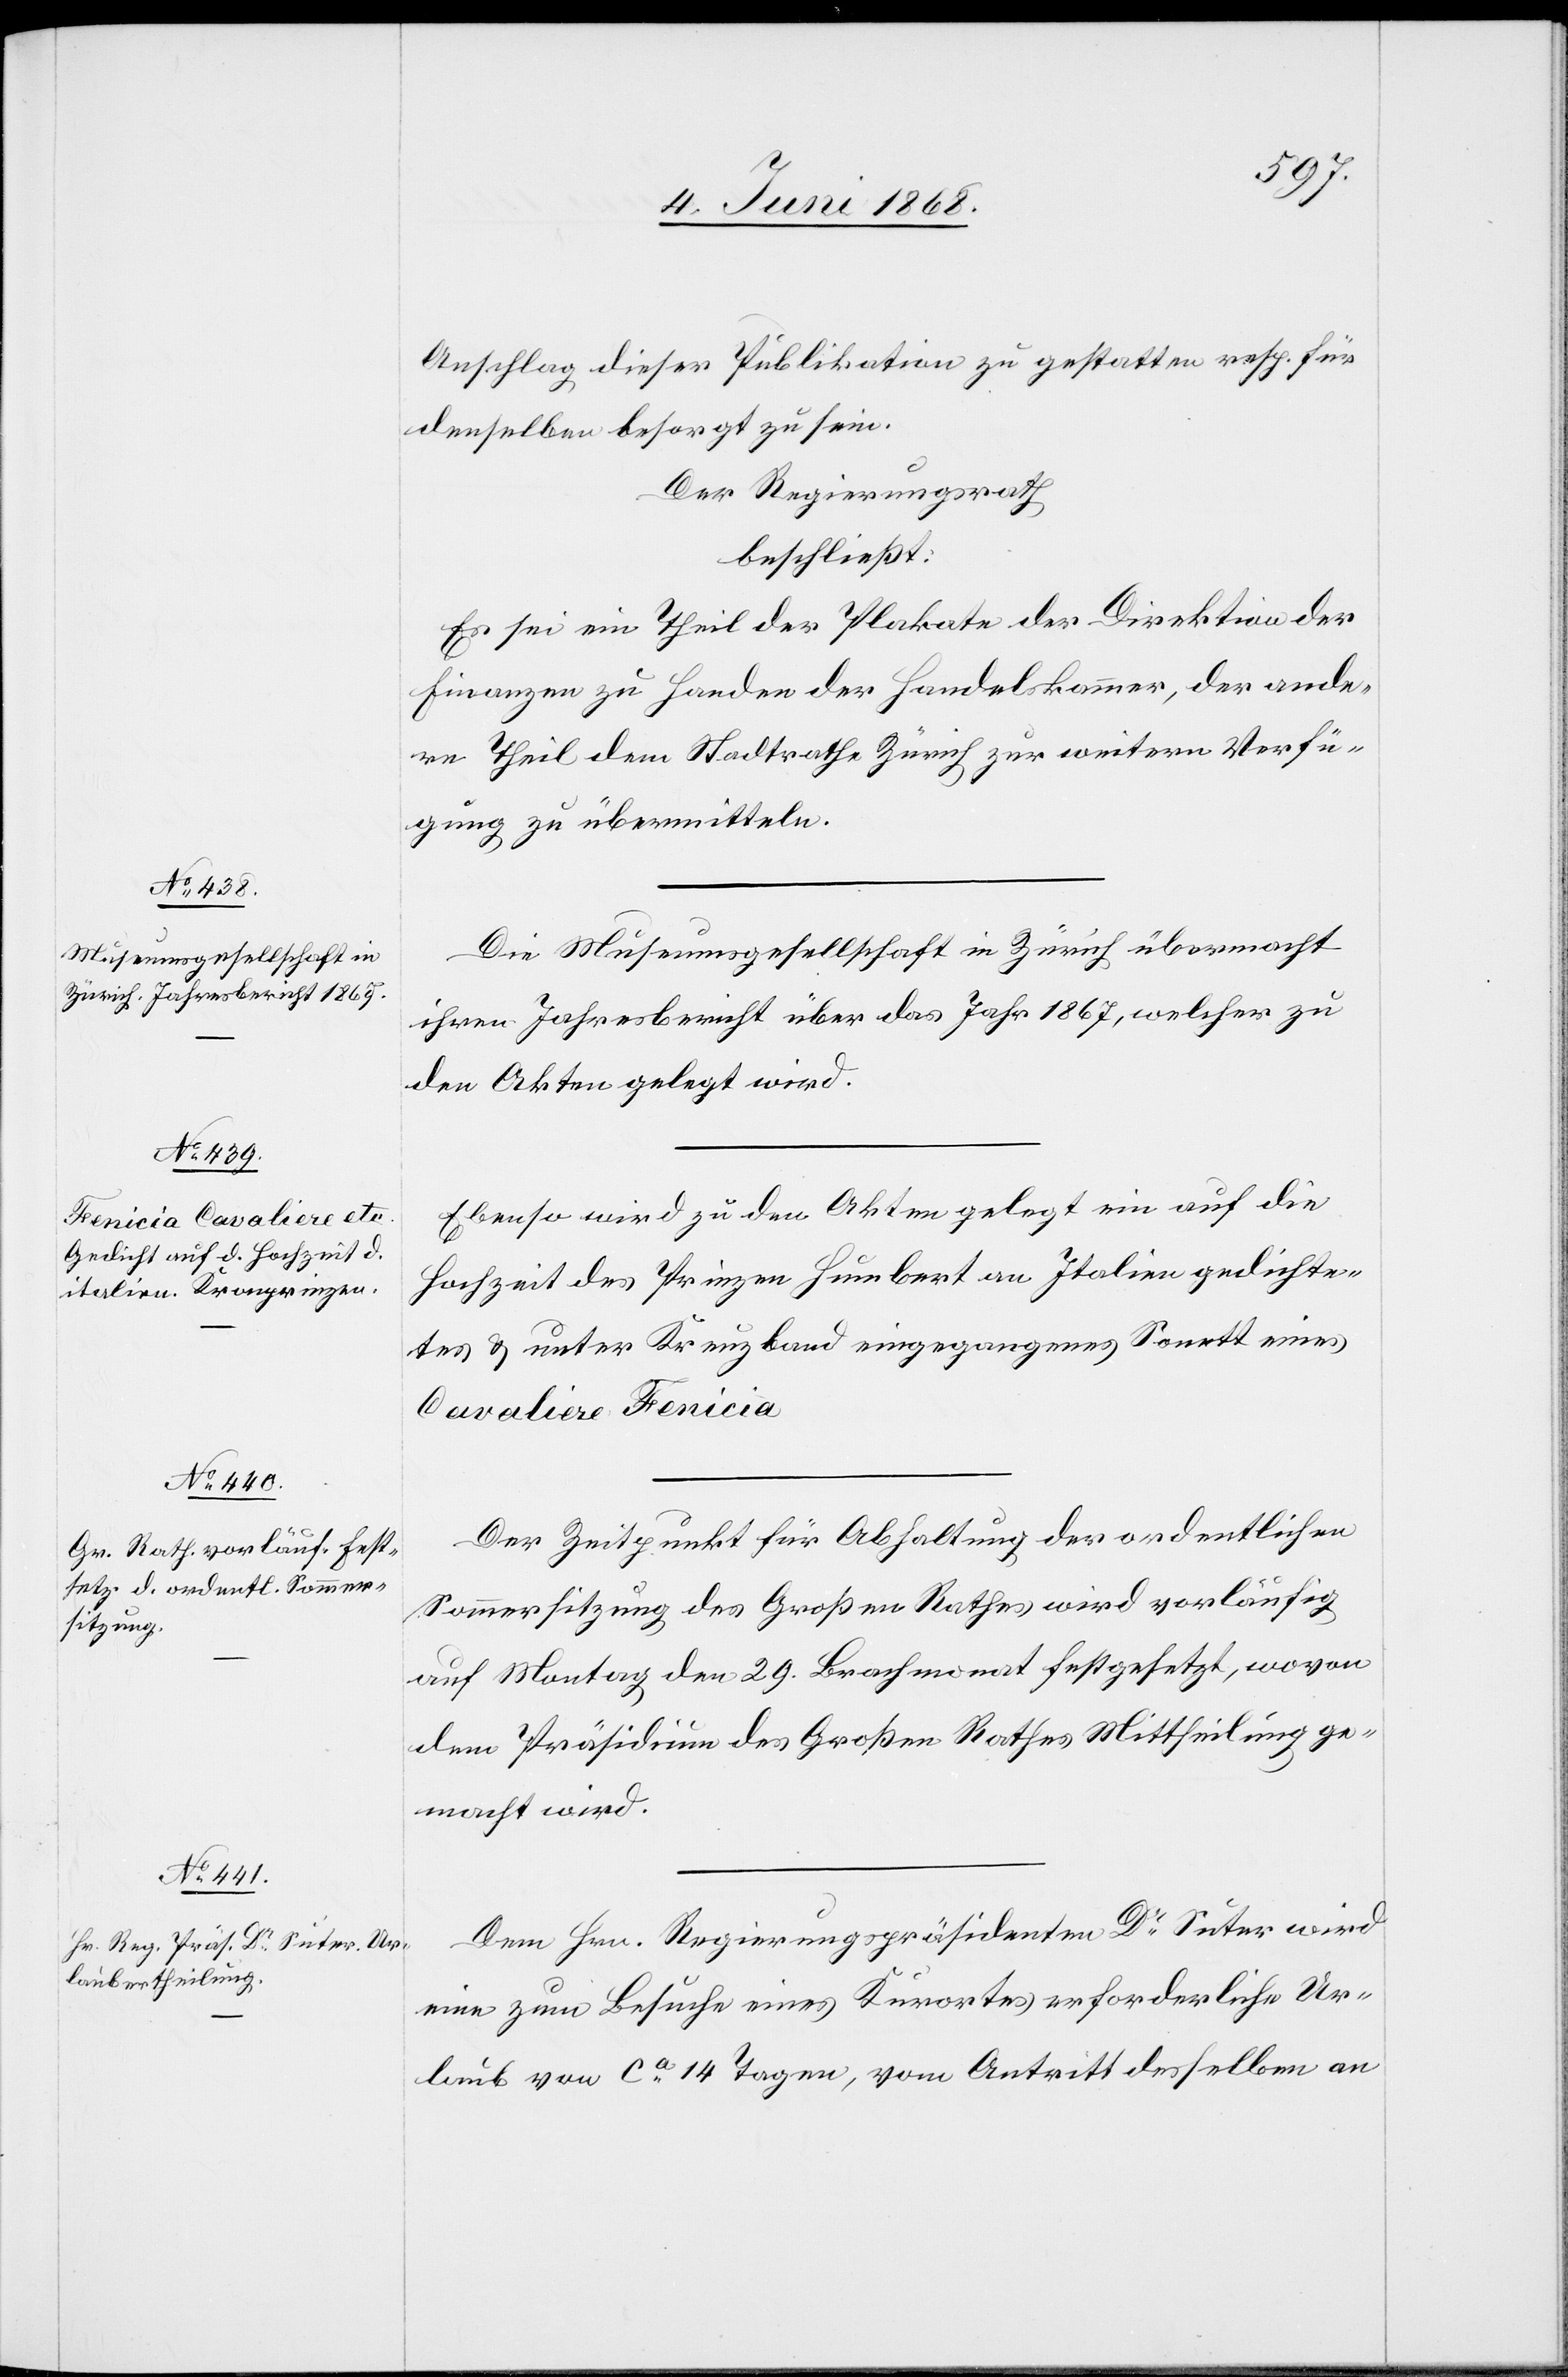
Anschlag dieser Publikation zu gestatten resp. für
denselben besorgt zu sein.
Der Regierungsrath
beschließt:
Es sei ein Theil der Plakate der Direktion der
Finanzen zu Handen der Handelskammer, der ande¬
re Theil dem Stadtrathe Zürich zur weitern Verfü¬
gung zu übermitteln.
Die Museumsgesellschaft in Zürich übermacht
ihren Jahresbericht über das Jahr 1867, welcher zu
den Akten gelegt wird.
Ebenso wird zu den Akten gelegt ein auf die
Hochzeit des Prinzen Humbert an [recte: von] Italien gedichte¬
tes & unter Kreuzband eingegangenes Sonett eines
Cavaliere Fenicia[.]
Der Zeitpunkt für Abhaltung der ordentlichen
Sommersitzung des Großen Rathes wird vorläufig
auf Montag den 29. Brachmonat festgesetzt, wovon
dem Präsidium des Großen Rathes Mittheilung ge¬
macht wird.
Dem Hrn. Regierungspräsidenten Dr Suter wird
[sic!] zum Besuche eines Kurortes erforderliche[r] Ur¬
laub von ca 14 Tagen, vom Antritt desselben an